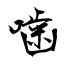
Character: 噛